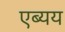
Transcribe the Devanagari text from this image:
एब्यय